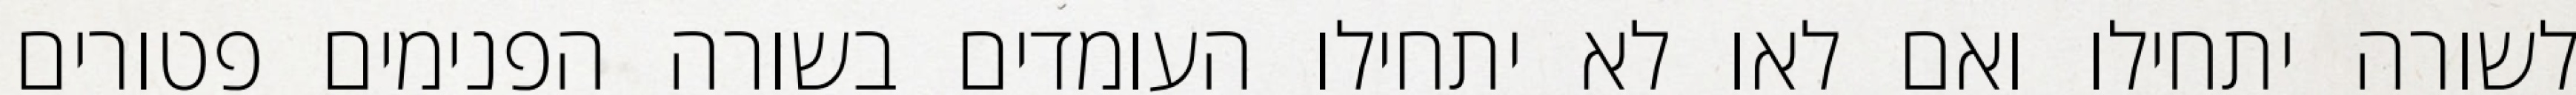
לשורה יתחילו ואם לאו לא יתחילו העומדים בשורה הפנימים פטורים